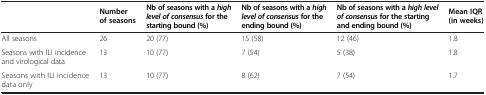
<table><thead><tr><td><b> </b></td><td><b>Number of seasons</b></td><td><b>Nb of seasons with a <i>high level of consensus </i>for the starting bound (%)</b></td><td><b>Nb of seasons with a <i>high level of consensus </i>for the ending bound (%)</b></td><td><b>Nb of seasons with a <i>high level of consensus </i>for the starting and ending bound (%)</b></td><td><b>Mean IQR (in weeks)</b></td></tr></thead><tbody><tr><td>All seasons</td><td>26</td><td>20 (77)</td><td>15 (58)</td><td>12 (46)</td><td>1.8</td></tr><tr><td>Seasons with ILI incidence and virological data</td><td>13</td><td>10 (77)</td><td>7 (54)</td><td>5 (38)</td><td>1.8</td></tr><tr><td>Seasons with ILI incidence data only</td><td>13</td><td>10 (77)</td><td>8 (62)</td><td>7 (54)</td><td>1.7</td></tr></tbody></table>